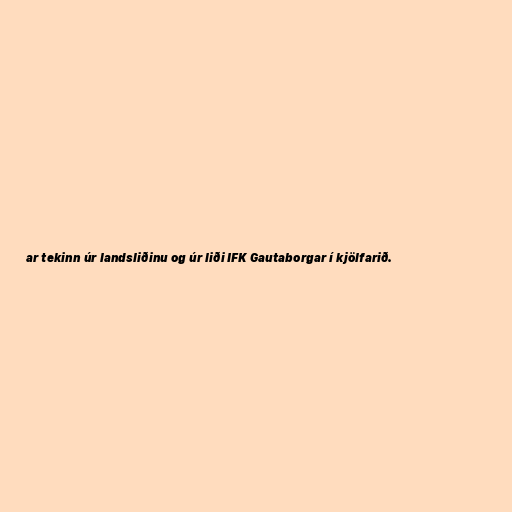
ar tekinn úr landsliðinu og úr liði IFK Gautaborgar í kjölfarið.